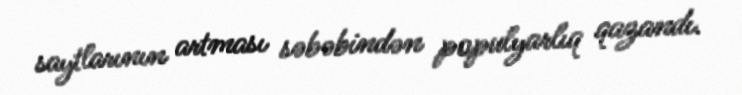
saytlarının artması səbəbindən populyarlıq qazandı.